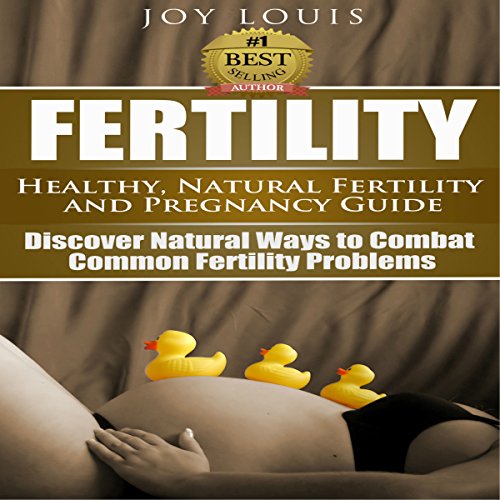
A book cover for Fertility: Healthy and Natural Fertility and Pregnancy Guide: Discover Natural Ways to Combat Common Fertility Problems; Joy Louis; Parenting & Relationships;